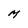
Character: M